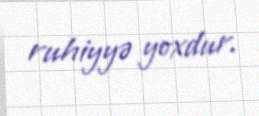
ruhiyyə yoxdur.